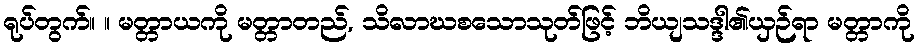
ရုပ်တွက်။ ။ မတ္တာယကို မတ္တာတည်, သိလာဃစသောသုတ်ဖြင့် ဘိယျသဒ္ဒါ၏ယှဉ်ရာ မတ္တာကို